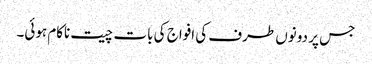
جس پر دونوں طرف کی افواج کی بات چیت ناکام ہوئی۔